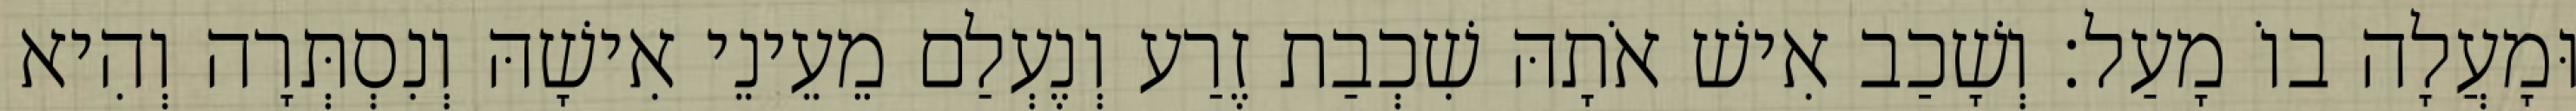
וּמָעֲלָה בוֹ מָעַל׃ וְשָׁכַב אִישׁ אֹתָהּ שִׁכְבַת זֶרַע וְנֶעְלַם מֵעֵינֵי אִישָׁהּ וְנִסְתְּרָה וְהִיא